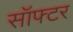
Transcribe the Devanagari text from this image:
सॉफ्टर